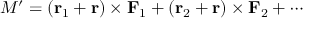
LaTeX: M ^ { \prime } = ( \mathbf { r } _ { 1 } + \mathbf { r } ) \times \mathbf { F } _ { 1 } + ( \mathbf { r } _ { 2 } + \mathbf { r } ) \times \mathbf { F } _ { 2 } + \cdots